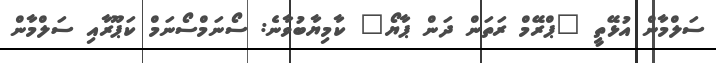
ސަލްމާން އުޅޭތީ "ޕްރޭމް ރަތަން ދަން ޕާޔޯ" ކާމިޔާބުވާނެ: ސޯނަމްސޯނަމް ކަޕޫރާއި ސަލްމާން